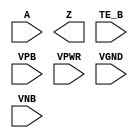
module sky130_fd_sc_hd__einvn (
    //# {{data|Data Signals}}
    input  A   ,
    output Z   ,

    //# {{control|Control Signals}}
    input  TE_B,

    //# {{power|Power}}
    input  VPB ,
    input  VPWR,
    input  VGND,
    input  VNB
);
endmodule